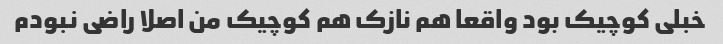
خبلی کوچیک بود واقعا هم نازک هم کوچیک من اصلا راضی نبودم